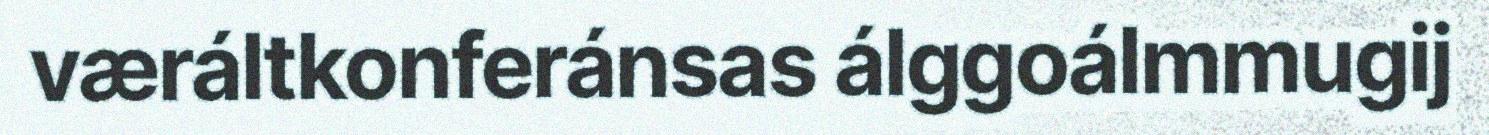
væráltkonferánsas álggoálmmugij